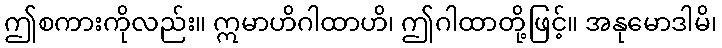
ဤစကားကိုလည်း။ ဣမာဟိဂါထာဟိ၊ ဤဂါထာတို့ဖြင့်။ အနုမောဒါမိ၊